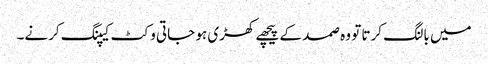
میں بالنگ کرتا تو وہ صمد کے پیچھے کھڑی ہو جاتی وکٹ کیپنگ کرنے۔